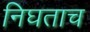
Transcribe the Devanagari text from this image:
निघताच